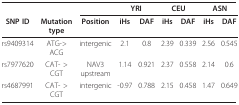
<table><thead><tr><td></td><td></td><td></td><td colspan="2"><b>YRI</b></td><td colspan="2"><b>CEU</b></td><td colspan="2"><b>ASN</b></td></tr><tr><td><b>SNP ID</b></td><td><b>Mutation type</b></td><td><b>Position</b></td><td><b>iHs</b></td><td><b>DAF</b></td><td><b>iHs</b></td><td><b>DAF</b></td><td><b>iHs</b></td><td><b>DAF</b></td></tr></thead><tbody><tr><td>rs9409314</td><td>ATG-&gt;ACG</td><td>intergenic</td><td>2.1</td><td>0.8</td><td>2.39</td><td>0.339</td><td>2.56</td><td>0.545</td></tr><tr><td>rs7977620</td><td>CAT- &gt; CGT</td><td>NAV3 upstream</td><td>1.14</td><td>0.921</td><td>2.37</td><td>0.558</td><td>2.14</td><td>0.6</td></tr><tr><td>rs4687991</td><td>CAT- &gt; CGT</td><td>intergenic</td><td>-0.97</td><td>0.788</td><td>2.15</td><td>0.458</td><td>1.47</td><td>0.649</td></tr></tbody></table>